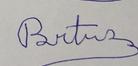
Signature authenticity: forged